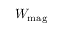
W _ { \mathrm { m a g } }